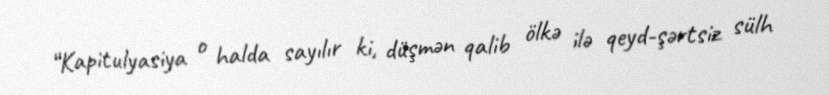
“Kapitulyasiya o halda sayılır ki, düşmən qalib ölkə ilə qeyd-şərtsiz sülh